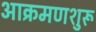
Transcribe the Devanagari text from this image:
आक्रमणशुरू